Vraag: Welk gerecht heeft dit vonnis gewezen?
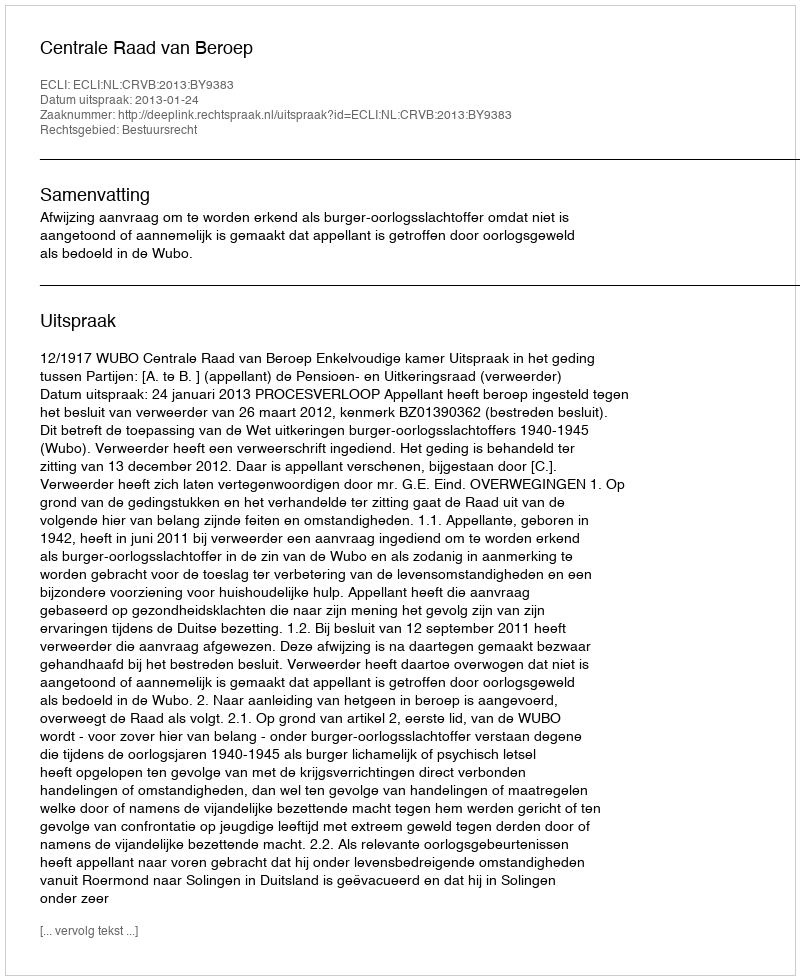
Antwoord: Centrale Raad van Beroep